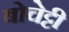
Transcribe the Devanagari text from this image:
बोचेट्टी